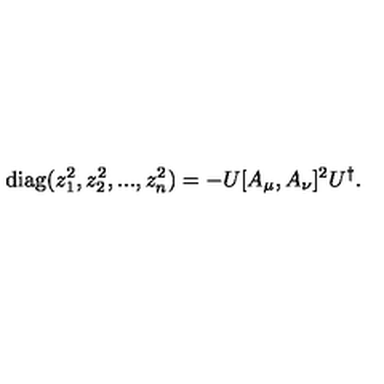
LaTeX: \mathrm { d i a g } ( z _ { 1 } ^ { 2 } , z _ { 2 } ^ { 2 } , . . . , z _ { n } ^ { 2 } ) = - U [ A _ { \mu } , A _ { \nu } ] ^ { 2 } U ^ { \dagger } .